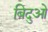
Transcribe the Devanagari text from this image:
बिदुओ